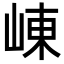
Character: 崠